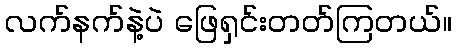
လက်နက်နဲ့ပဲ ဖြေရှင်းတတ်ကြတယ်။